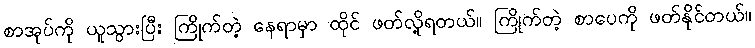
စာအုပ်ကို ယူသွားပြီး ကြိုက်တဲ့ နေရာမှာ ထိုင် ဖတ်လို့ရတယ်။ ကြိုက်တဲ့ စာပေကို ဖတ်နိုင်တယ်။